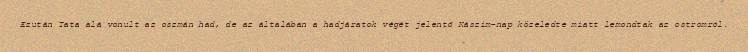
Ezután Tata alá vonult az oszmán had, de az általában a hadjáratok végét jelentő Kászim-nap közeledte miatt lemondtak az ostromról.